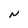
Character: N